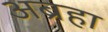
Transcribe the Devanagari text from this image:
अब्रहा